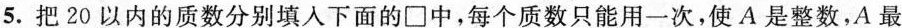
5.把20以内的质数分别填入下面的\Box中，每个质数只能用一次，使A是整数，A最